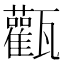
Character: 𤮴